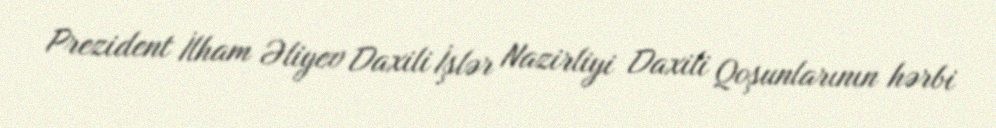
Prezident İlham Əliyev Daxili İşlər Nazirliyi Daxili Qoşunlarının hərbi